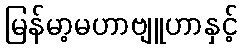
မြန်မာ့မဟာဗျူဟာနှင့်